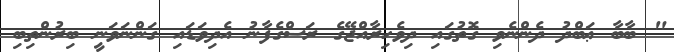
" ބާބާ ޢަބްދު ދެންނެވި ގޮތުގައި ދިވެހިރާއްޖޭގެ ރަސްގެފާނު އެދިވަޑައި ގަންނަވަނީ ބިރުންތިބި